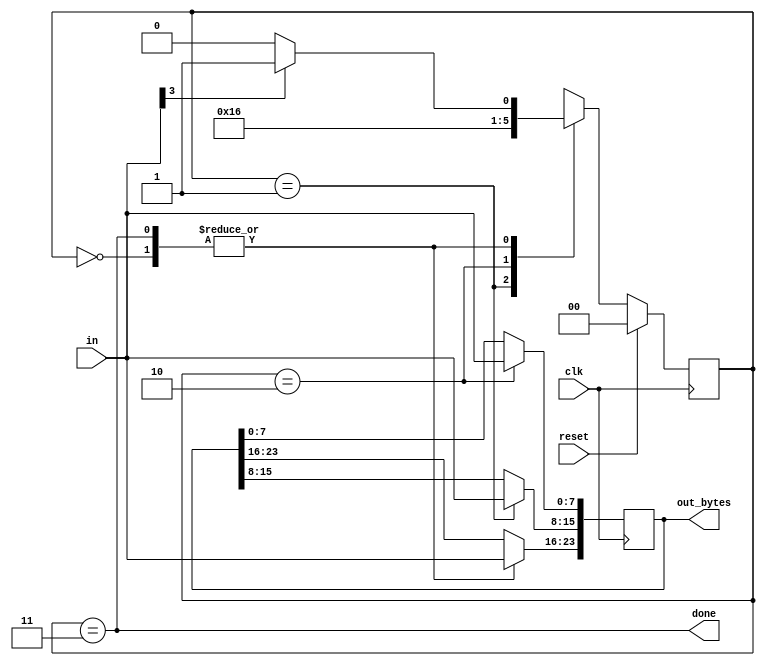
module top_module(
    input clk,
    input [7:0] in,
    input reset,    // Synchronous reset
    output [23:0] out_bytes,
    output done); //

    // FSM from fsm_ps2
    reg[1:0] state, next_state;
    parameter BYTE1 = 0, BYTE2 = 1, BYTE3 = 2, DONE = 3; 
    
    // State transition logic (combinational)
    always@(*)begin
        case(state)
            BYTE1 : next_state = in[3] ? BYTE2 : BYTE1;
            BYTE2 : next_state = BYTE3;
            BYTE3 : next_state = DONE;
            DONE : next_state = in[3] ? BYTE2 : BYTE1;
        endcase
    end
    // State flip-flops (sequential)
    always@(posedge clk)begin
        if(reset)
            state <= BYTE1;
        else
            state <= next_state;
    end
    // Output logic
    assign done = state == DONE;
    
    // New: Datapath to store incoming bytes.
    always@(posedge clk)begin
        case(state)
            BYTE1 : out_bytes[23:16]<=in;
            BYTE2 : out_bytes[15: 8]<=in;
            BYTE3 : out_bytes[ 7: 0]<=in;
            DONE : out_bytes[23:16]<=in;
        endcase
    end
endmodule